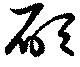
碩